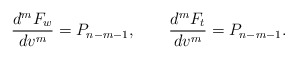
\begin{align*} \frac{d^mF_w}{dv^m}=P_{n-m-1},\qquad\frac{d^mF_t}{dv^m}=P_{n-m-1}.\end{align*}